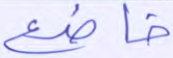
خاضع